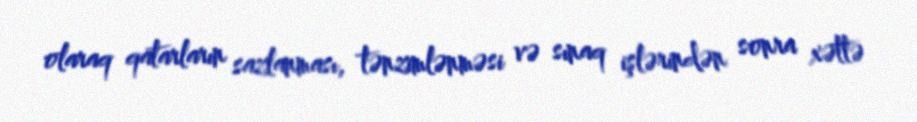
olaraq qatarların sazlanması, tənzimlənməsi və sınaq işlərindən sonra xəttə